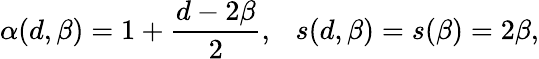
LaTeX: \alpha(d,\beta)=1+\frac{d-2\beta}{2},\ \ \ s(d,\beta)=s(\beta)=2\beta,